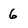
Character: 6